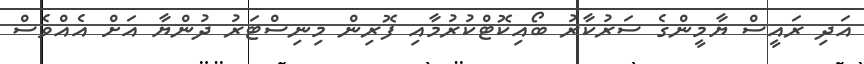
އަދި ރައީސް ޔާމީންގެ ސަރުކާރު ބޯއިކޮޓްކުރުމާއި ފޮރިން މިނިސްޓަރު ދުންޔާ އަށް އެއްވެސް